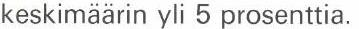
keskimäärin yli 5 prosenttia.